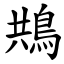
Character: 䳍